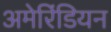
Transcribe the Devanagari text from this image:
अमेरिंडियन